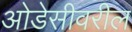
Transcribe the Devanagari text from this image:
ओडेसीवरील